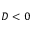
D < 0